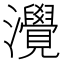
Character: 灚